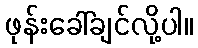
ဖုန်းခေါ်ချင်လို့ပါ။